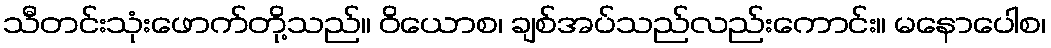
သီတင်းသုံးဖောက်တို့သည်။ ဝိယောစ၊ ချစ်အပ်သည်လည်းကောင်း။ မနောပေါစ၊